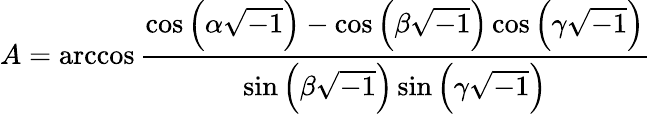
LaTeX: A=\operatorname{arccos}{\frac{\cos\left(\alpha{\sqrt{-1}}\right)-\cos\left(\beta{\sqrt{-1}}\right)\cos\left(\gamma{\sqrt{-1}}\right)}{\sin\left(\beta{\sqrt{-1}}\right)\sin\left(\gamma{\sqrt{-1}}\right)}}